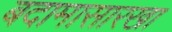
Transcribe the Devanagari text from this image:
बदामासारखा